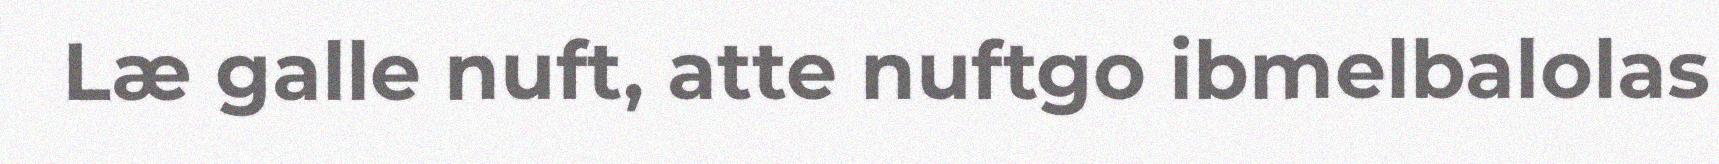
Læ galle nuft, atte nuftgo ibmelbalolas